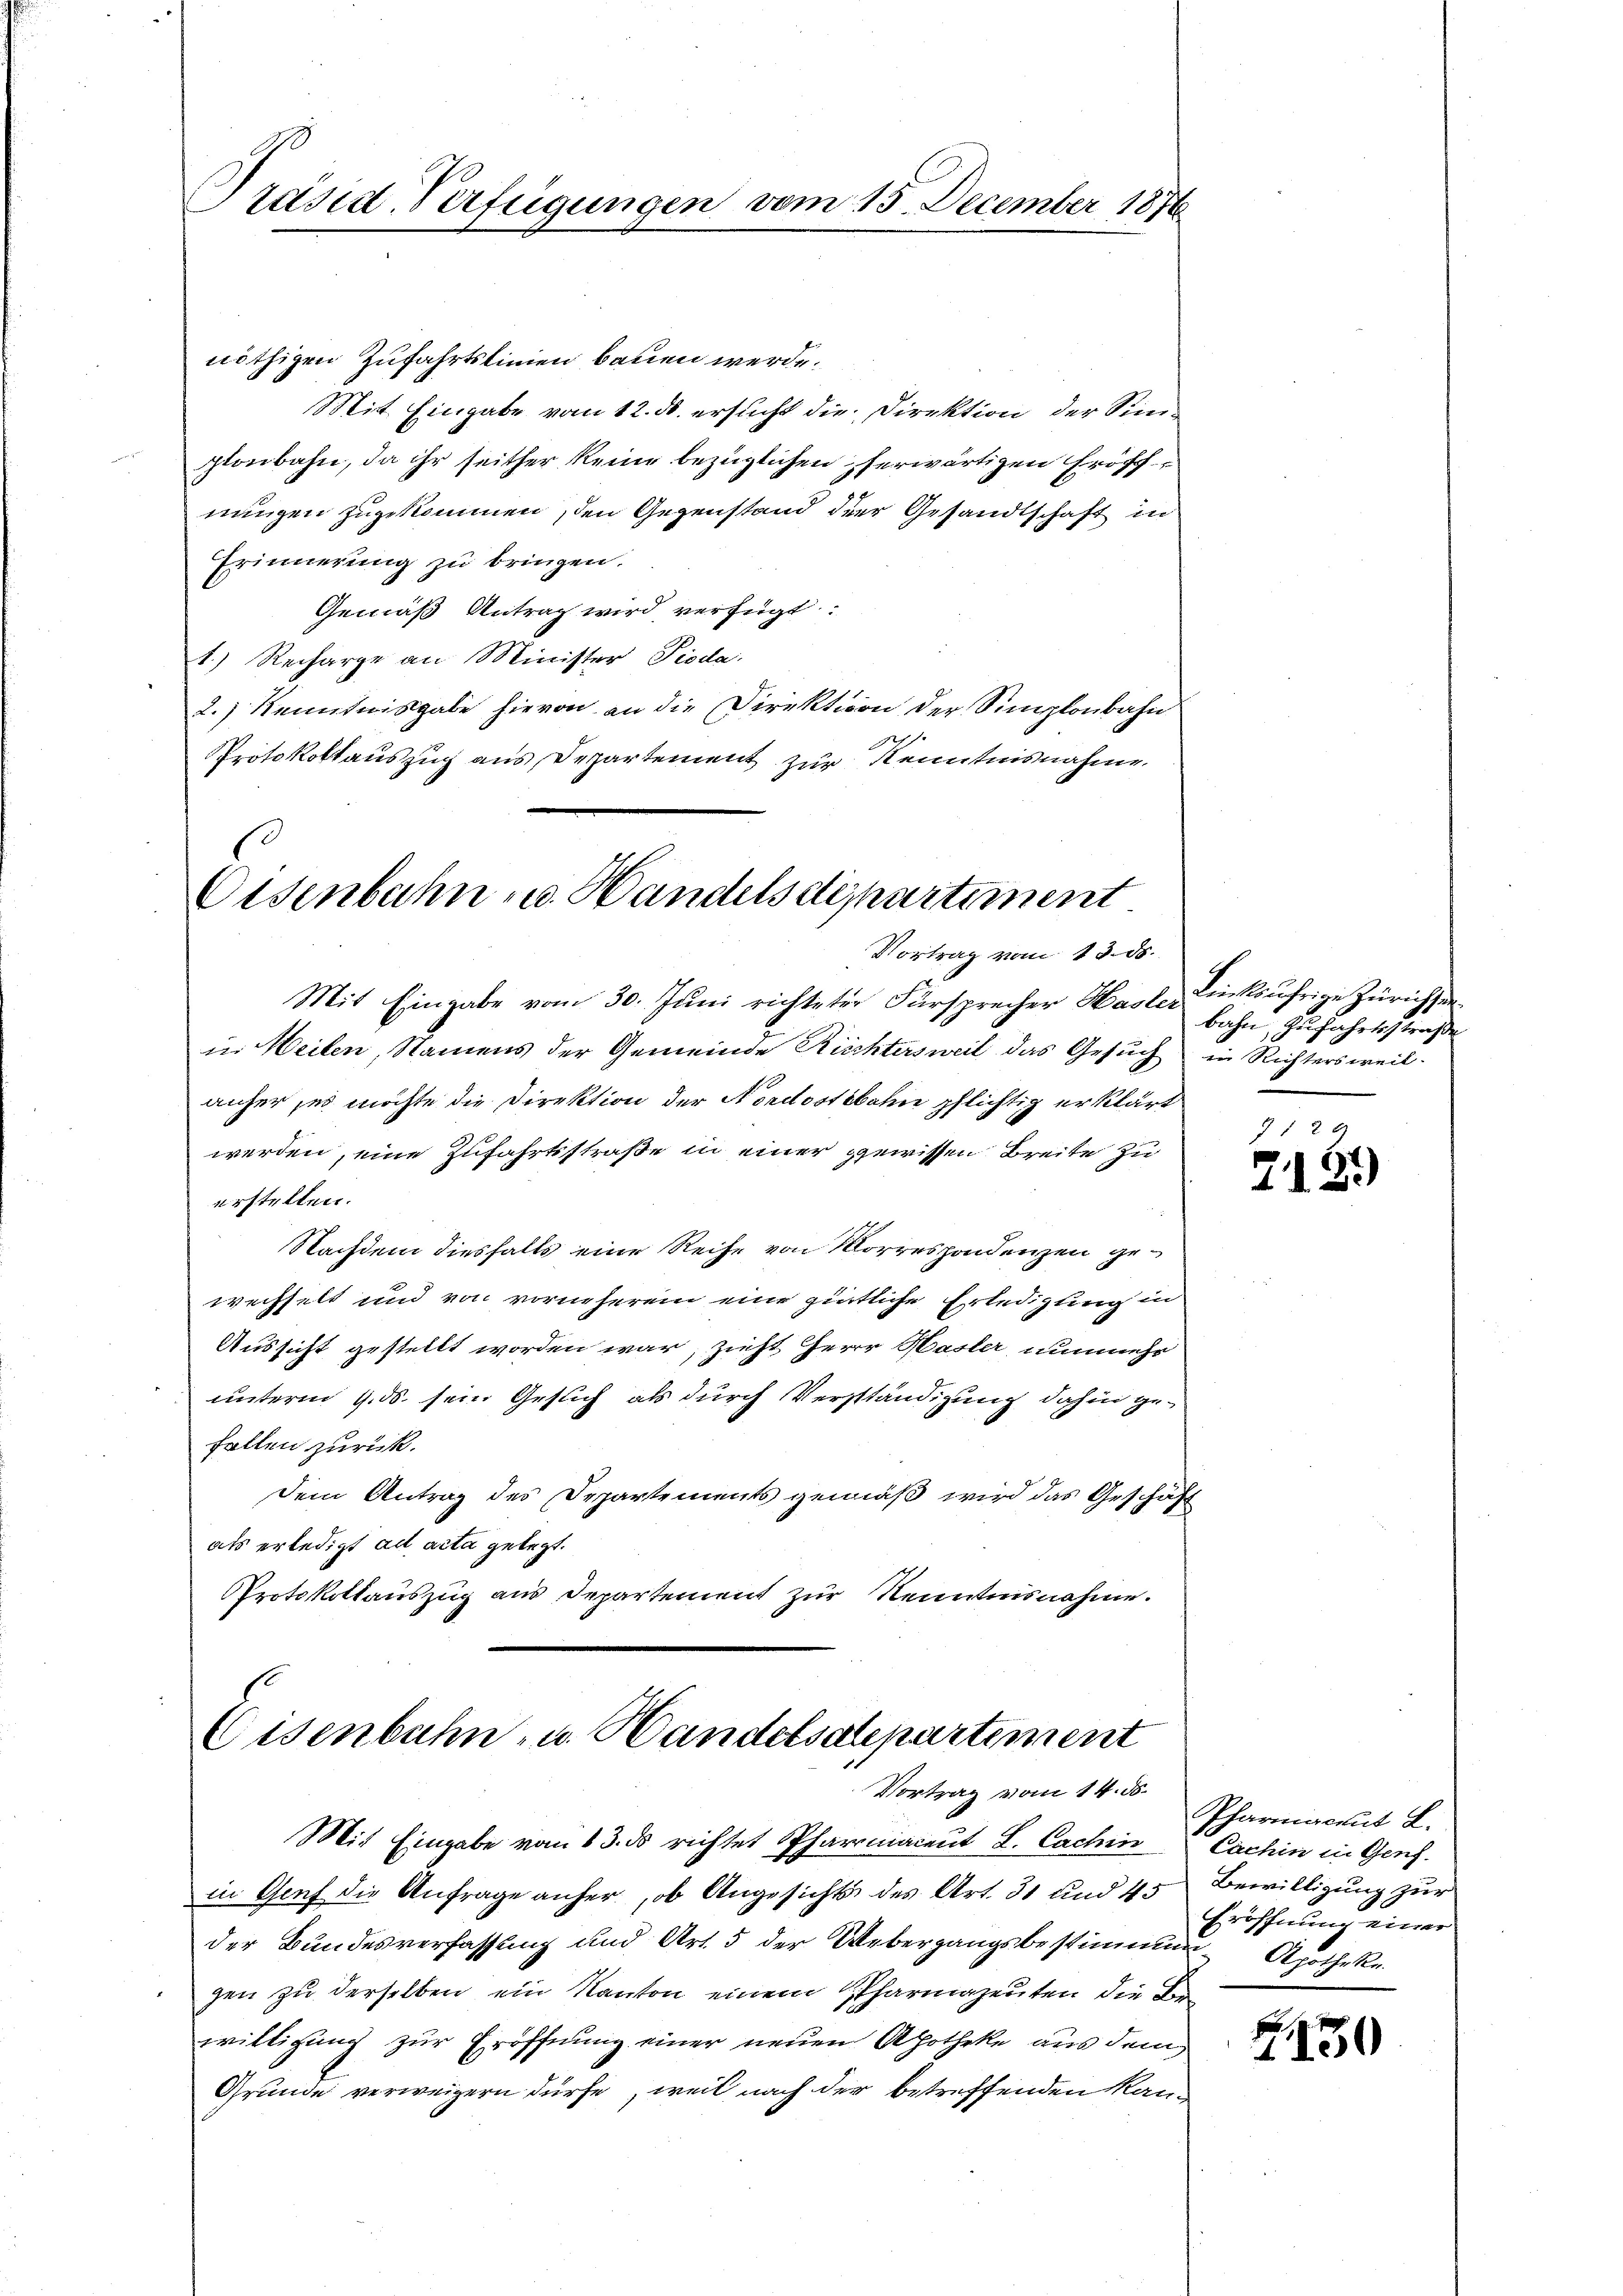
Präsid-Verfügungen vom 15. December 1876

nöthigen Zufahrtslinien bauen werde.
Mit Eingabe vom 12. ds. ersucht die Direktion der Sinplonbahn, da ihr seither keine bezüglichen herwärtigen Grosch
nungen zuzukommen, den Gegenstand der Gesandtschaft in
Erinnerung zu bringen.
Gemäß Antrag wird verfügt:
1.) Recharge an Minister Pioda
2.) Kenntnisgabe hievon an die Direktion der Simplonbahn
s
Protokollauszug aus Departement zur Kenntnisnahme.

Oisenbahn u. Handelsdepartiment
Vortrag vom 13. ds.

Eisenbahn- u. Handelsalepartement
Vortrag vom 14. ds.
Mit Eingabe vom 13. ds richtet Pharmacent L. Cachin

Mit Eingabe vom 30. Juni richteter Fürsprecher Hasler
in Weilen, Namens der Gemeinde Richtersweil das Gesuch in Richtersweil-
anher, es möchte die Direktion der Nordostbahn pflichtig erklärt
werden, eine Zufahrtsstraße in einer gewissen Breite zu
erstellen.
Nachdem diesfalls eine Reihe von Morrespondenzen gewechselt und von vornehmen eine gütliche Erledigung in
Aussicht gestellt worden war, zieht Herr Hasler, nunmehr
unterm 9. ds. sein Gesuch als durch Verständigung dahin gefallen zurück.
Dem Antrag der Departements gemäß wird das Geschäft
als erledigt ad acta gelegt.
Protokollauszug aus Departement zur Kenntnisnahme.

Linksufrige Zürichten.
bahn, Zufahrtsstraße

in Genf die Anfrage anher, ob Angesichts des Art. 31 und 45
der Bundesverfassung und Art. 5 der Uebergangsbestimmung Apotheke
gen zu derselben ein Kanton einem Pharmazeuten die Be
willigung zur Eröffnung einer neuen Apotheke aus dem
Grunde verweigern dürfe, weil nach der betreffenden Kan-

7 f 2 x
7181)

Pfarracent L.
Cachin in Genf.
Bewilligung zur
Eröffnung einer

130